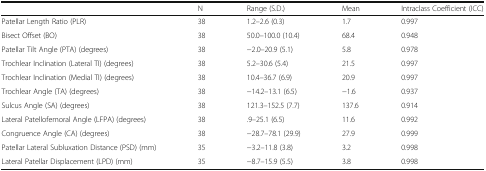
|  | N | Range (S.D.) | Mean | Intraclass Coefficient (ICC) |
 | --- | --- | --- | --- | --- |
 | Patellar Length Ratio (PLR) | 38 | 1.2–2.6 (0.3) | 1.7 | 0.997 |
 | Bisect Offset (BO) | 38 | 50.0–100.0 (10.4) | 68.4 | 0.948 |
 | Patellar Tilt Angle (PTA) (degrees) | 38 | −2.0–20.9 (5.1) | 5.8 | 0.978 |
 | Trochlear Inclination (Lateral TI) (degrees) | 38 | 5.2–30.6 (5.4) | 21.5 | 0.997 |
 | Trochlear Inclination (Medial TI) (degrees) | 38 | 10.4–36.7 (6.9) | 20.9 | 0.997 |
 | Trochlear Angle (TA) (degrees) | 38 | −14.2–13.1 (6.5) | −1.6 | 0.937 |
 | Sulcus Angle (SA) (degrees) | 38 | 121.3–152.5 (7.7) | 137.6 | 0.914 |
 | Lateral Patellofemoral Angle (LFPA) (degrees) | 38 | .9–25.1 (6.5) | 11.6 | 0.992 |
 | Congruence Angle (CA) (degrees) | 38 | −28.7–78.1 (29.9) | 27.9 | 0.999 |
 | Patellar Lateral Subluxation Distance (PSD) (mm) | 35 | −3.2–11.8 (3.8) | 3.2 | 0.998 |
 | Lateral Patellar Displacement (LPD) (mm) | 35 | −8.7–15.9 (5.5) | 3.8 | 0.998 |